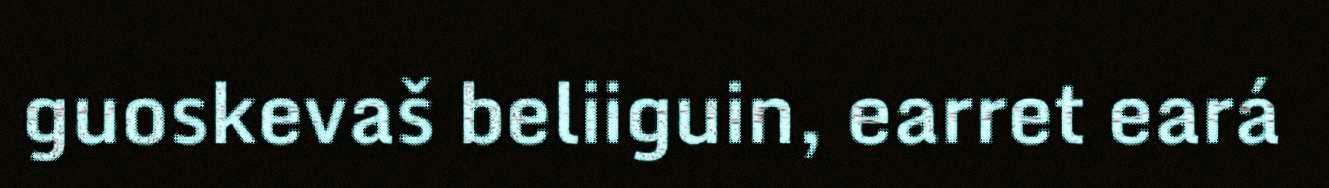
guoskevaš beliiguin, earret eará